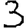
Digit: 3